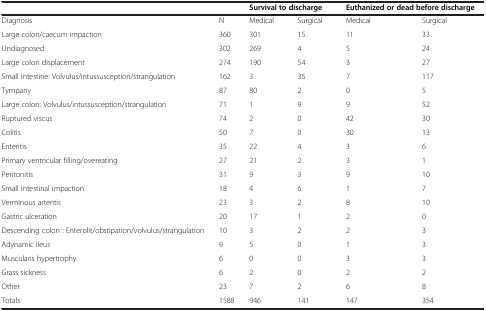
| <COLSPAN=2>  | <COLSPAN=2> Survival to discharge | <COLSPAN=2> Euthanized or dead before discharge |
 | --- | --- | --- | --- | --- | --- |
 | Diagnosis | N | Medical | Surgical | Medical | Surgical |
 | Large colon/caecum impaction | 360 | 301 | 15 | 11 | 33 |
 | Undiagnosed | 302 | 269 | 4 | 5 | 24 |
 | Large colon displacement | 274 | 190 | 54 | 3 | 27 |
 | Small intestine: Volvulus/intussusception/strangulation | 162 | 3 | 35 | 7 | 117 |
 | Tympany | 87 | 80 | 2 | 0 | 5 |
 | Large colon: Volvulus/intussusception/strangulation | 71 | 1 | 9 | 9 | 52 |
 | Ruptured viscus | 74 | 2 | 0 | 42 | 30 |
 | Colitis | 50 | 7 | 0 | 30 | 13 |
 | Enteritis | 35 | 22 | 4 | 3 | 6 |
 | Primary ventricular filling/overeating | 27 | 21 | 2 | 3 | 1 |
 | Peritonitis | 31 | 9 | 3 | 9 | 10 |
 | Small intestinal impaction | 18 | 4 | 6 | 1 | 7 |
 | Verminous arteritis | 23 | 3 | 2 | 8 | 10 |
 | Gastric ulceration | 20 | 17 | 1 | 2 | 0 |
 | Descending colon : Enterolit/obstipation/volvulus/strangulation | 10 | 3 | 2 | 2 | 3 |
 | Adynamic ileus | 9 | 5 | 0 | 1 | 3 |
 | Muscularis hypertrophy | 6 | 0 | 0 | 3 | 3 |
 | Grass sickness | 6 | 2 | 0 | 2 | 2 |
 | Other | 23 | 7 | 2 | 6 | 8 |
 | Totals | 1588 | 946 | 141 | 147 | 354 |